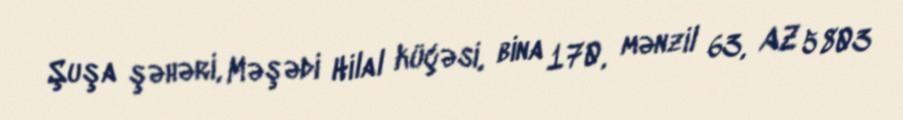
Şuşa şəhəri, Məşədi Hilal küçəsi, bina 170, mənzil 63, AZ 5803